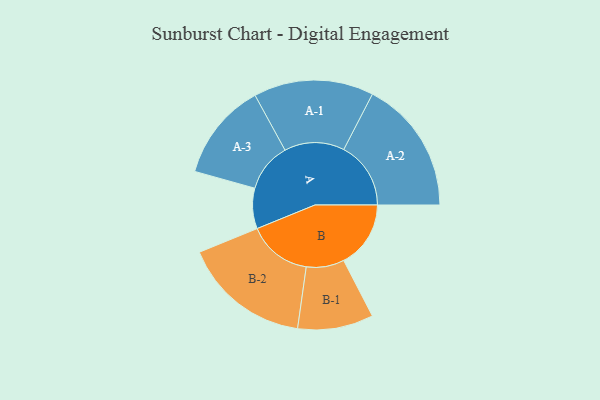
{"axis": {"x": "Segment", "y": "Value"}, "legend": ["", "A", "B"], "data": [{"x": "A", "y": 172, "type": ""}, {"x": "B", "y": 285, "type": ""}, {"x": "A-1", "y": 255, "type": "A"}, {"x": "A-2", "y": 285, "type": "A"}, {"x": "A-3", "y": 208, "type": "A"}, {"x": "B-1", "y": 161, "type": "B"}, {"x": "B-2", "y": 272, "type": "B"}]}